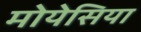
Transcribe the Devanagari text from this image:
मोयेसिया